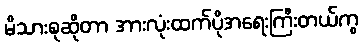
မိသားစုဆိုတာ အားလုံးထက်ပိုအရေးကြီးတယ်ကွ